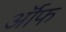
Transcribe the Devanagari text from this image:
र्ऑफ